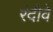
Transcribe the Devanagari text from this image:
रंदीवे